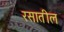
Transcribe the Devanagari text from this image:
रसातील